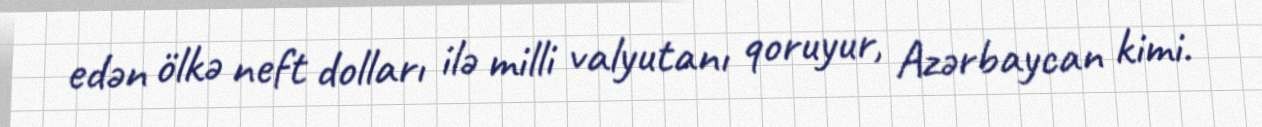
edən ölkə neft dolları ilə milli valyutanı qoruyur, Azərbaycan kimi.